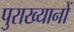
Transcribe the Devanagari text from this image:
पुराख्यानों